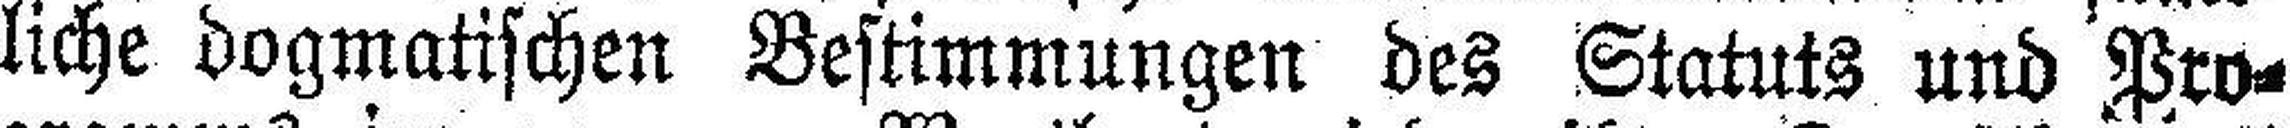
liche dogmatischen Bestimmungen des Statuts und Pro¬